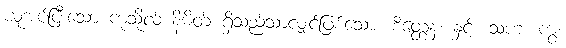
ယူအပ်ပြီးသော ကုသိုလ် နိမိတ် ရှိသည်သာလျှင်ဖြစ်သော။ စိတ္တေန၊ နှင့်။ သဟ၊ ကွ။